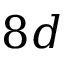
8 d